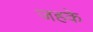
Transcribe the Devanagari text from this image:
जहके